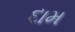
દામ